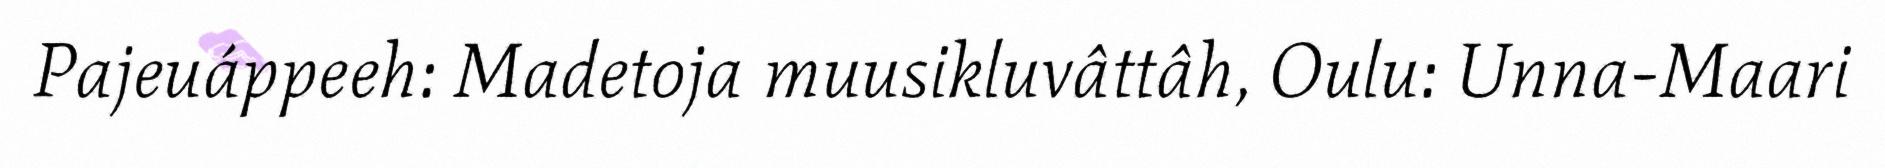
Pajeuáppeeh: Madetoja muusikluvâttâh, Oulu: Unna-Maari